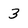
Character: 3